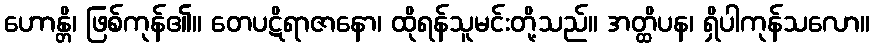
ဟောန္တိ၊ ဖြစ်ကုန်၏။ တေပဋိရာဇာနော၊ ထိုရန်သူမင်းတို့သည်။ အတ္ထိပန၊ ရှိပါကုန်သလော။